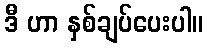
ဒီ ဟာ နှစ်ချပ်ပေးပါ။